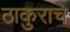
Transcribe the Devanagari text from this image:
ठाकुराचे